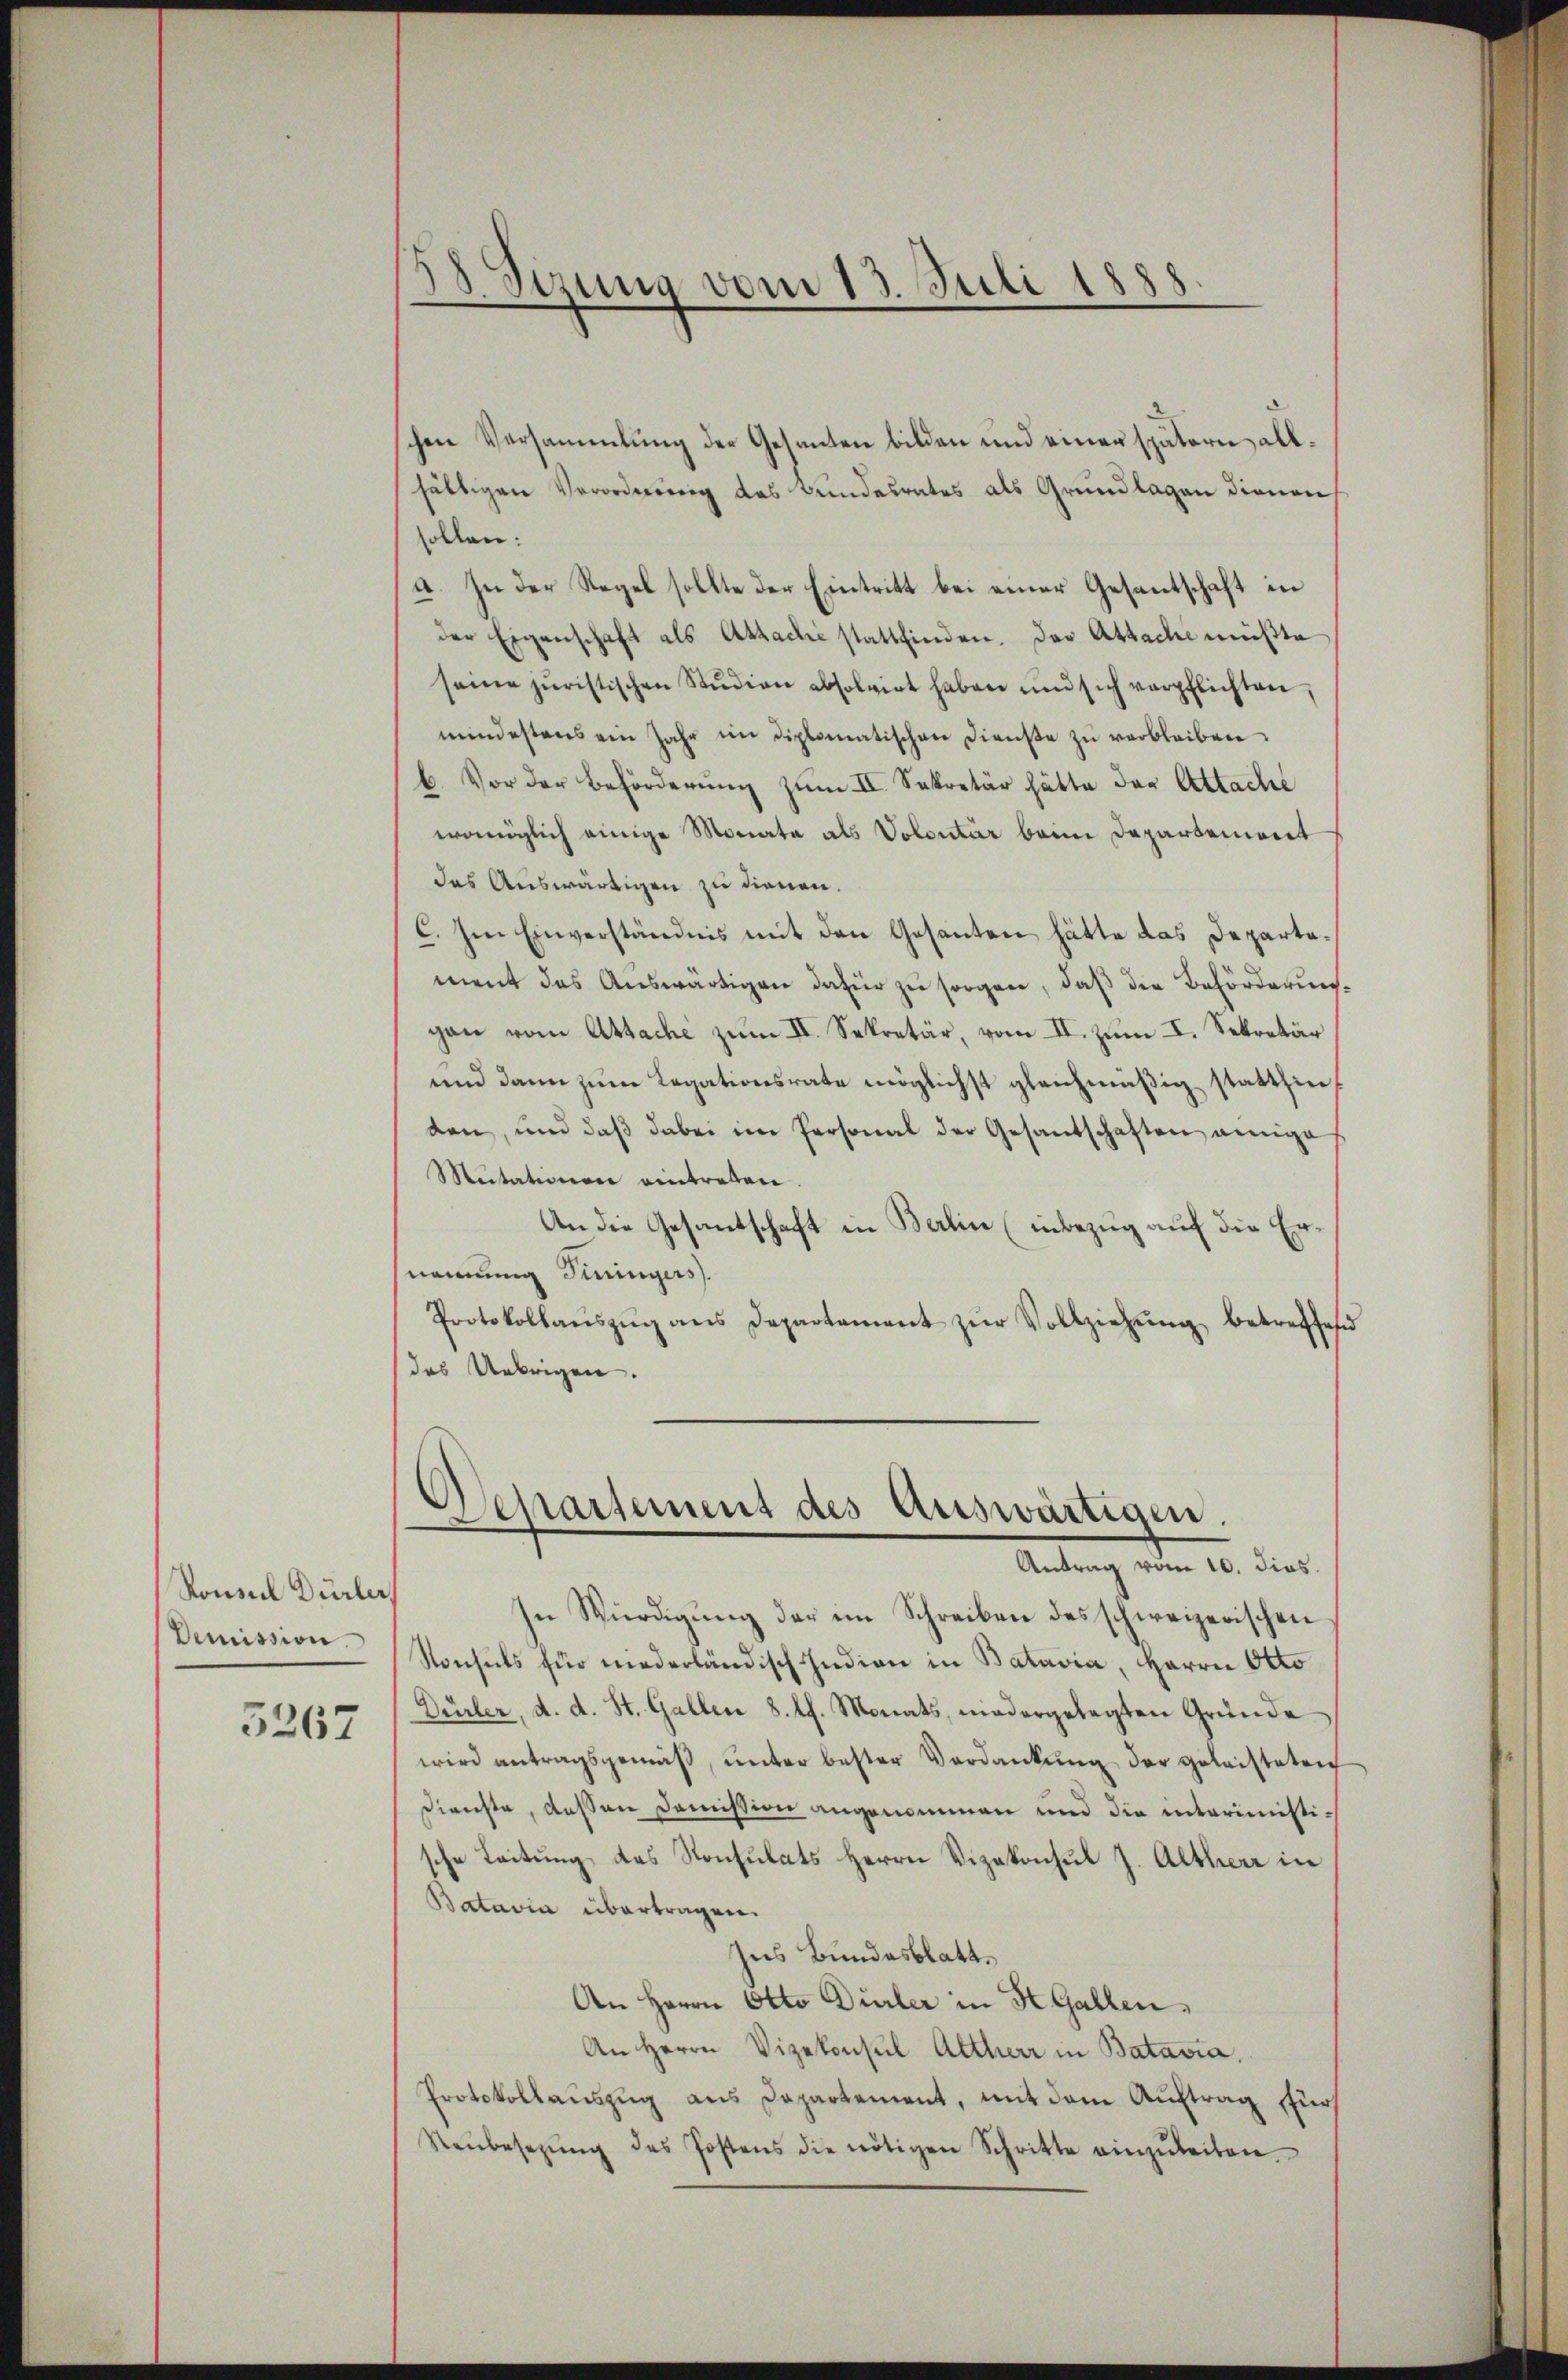
Ronnel Dürler
Demission.
5267

chen Versammlung der Gesanten bilden und einer spätern allhältigen Verordnung des Bundesrates als Grundlagen dienen
sollen:
a. In der Regel sollte der Eintritt bei einer Gesantschaft in
der Eigenschaft als Attache stattfinden. Das Attache müßte
seine juristischen Studien absolvirt haben und sich verpflichten,
mindestens ein Jahr im Diplomatischen Dienste zŭ verbleiben.
b. Vor der Beförderŭng zum II. Sekretär hätte der Attache
womöglich einige Monate als Volontär beim Departement
das Auswärtigen zu dienen.
C. Im Einverständnis mit den Gesanten hätte das Departament das Aŭswärtigen dafür zu sorgen, daß die Behörderungau vom Attache zum II. Sekretär, vom II. zum I. Sekretär
und dann zum Legationsrate möglichst gleichmäßig stattfinten, und daβ dabei im Personal der Gesantschaften einige
Mutationen eintreten.
An die Gesantschaft in Balin (inbezug auf die Er
nennung Tiningers.
Protokollaŭszŭg ans Departament zŭr Vollziehŭng betreffend
das Uebrigen.

58 Sirung vom 13. Juli 1888

Osepartement des Auswärtigen.
Antrag vom 10. dies

In Würdigung der im Schreiben des schweizerischen
Konsuls für niederländisch Indian in Batavia, Herrn Otto
Dürler, d. d. St. Gallen 8. Ph. Monats, niedergelegten Gründe
wird antragsgemäβ ŭnter bester Verdankŭng der geleisteten
Dienste, dessen Domission angenommen und die interimistische Leitung des Konsulats Herrn Vizekonsul J. Altherr in
Batavia übertragen.
Ins Bundesblatt.
An Herrn Otto Dürler in St. Gallen,
An Herrn Vizekonsul Altherr in Batavia,
Protokollauszug aus Departement, mit dem Auftrag für
Neŭbesetzŭng des Postens die nötigen Schritte einzŭleiten.